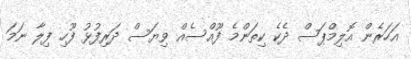
އަހަރެން އޮލިމްޕަސް ދެކެ ކިތަންމެ ފޫއްސެއް ވިޔަސް ދަރިފުޅު ފޫހި ފިލާ ނަމަ